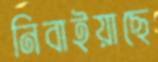
নিবাইয়াছে